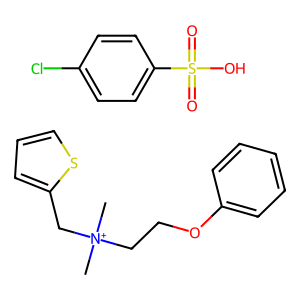
SMILES: C[N+](C)(CCOc1ccccc1)Cc1cccs1.O=S(=O)(O)c1ccc(Cl)cc1
Inhibits HIV replication: No